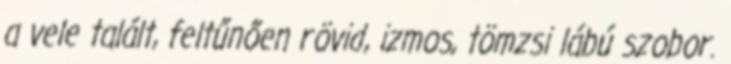
a vele talált, feltűnően rövid, izmos, tömzsi lábú szobor.